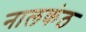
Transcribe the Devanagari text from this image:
नालकंठ